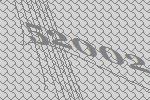
52002